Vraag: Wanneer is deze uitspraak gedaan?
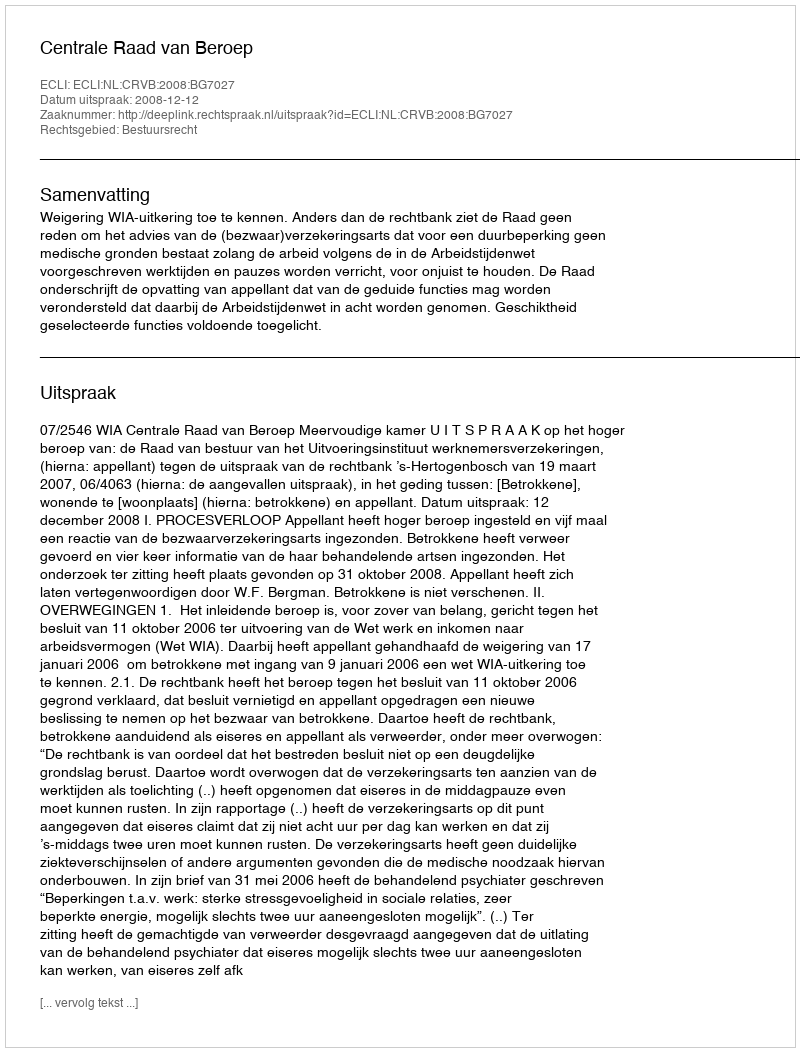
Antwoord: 2008-12-12